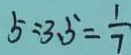
5 : 3 . 5 = \frac { 1 } { 7 }